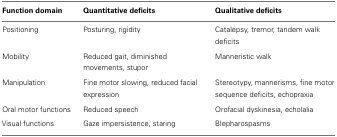
<table><thead><tr><td><b>Function domain</b></td><td><b>Quantitative deficits</b></td><td><b>Qualitative deficits</b></td></tr></thead><tbody><tr><td>Positioning</td><td>Posturing, rigidity</td><td>Catalepsy, tremor, tandem walk deficits</td></tr><tr><td>Mobility</td><td>Reduced gait, diminished movements, stupor</td><td>Manneristic walk</td></tr><tr><td>Manipulation</td><td>Fine motor slowing, reduced facial expression</td><td>Stereotypy, mannerisms, fine motor sequence deficits, echopraxia</td></tr><tr><td>Oral motor functions</td><td>Reduced speech</td><td>Orofacial dyskinesia, echolalia</td></tr><tr><td>Visual functions</td><td>Gaze impersistence, staring</td><td>Blepharospasms</td></tr></tbody></table>